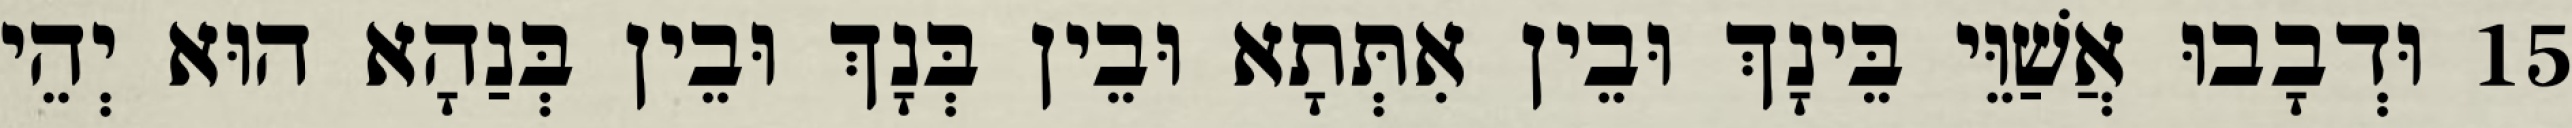
15 וּדְבָבוּ אֲשַׁוֵּי בֵּינָךְ וּבֵין אִתְּתָא וּבֵין בְּנָךְ וּבֵין בְּנַהָא הוּא יְהֵי